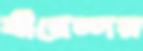
বীরেন্দর